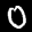
Label: 0